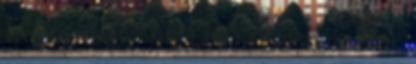
a NAV pont így kapja el a szervizest. Akik